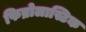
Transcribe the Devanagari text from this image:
फिब्रोलास्टिक